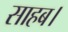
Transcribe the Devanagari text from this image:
साहब।